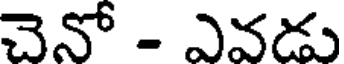
చెనో - ఎవడు